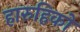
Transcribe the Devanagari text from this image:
हारुहिको